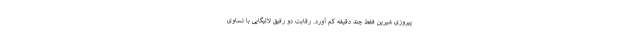
پیروزی شیرین فقط چند دقیقه کم آورد. رقابت دو رفیق لالیگایی با تساوی